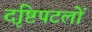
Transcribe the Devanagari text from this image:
दृष्टिपटलों